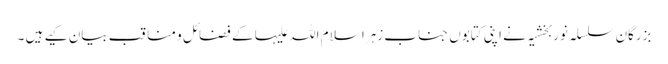
بزرگان سلسلہ نوربخشیہ نے اپنی کتابوں جناب زہرا سلام اللہ علیہا کے فضائل و مناقب بیان کیے ہیں ۔